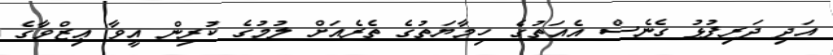
އަދި ދަރިފުޅު ގެނެސް އެއަތުގެ ހިމާޔަތުގެ ތެރެއަށް ލުމުގެ ކުރިން އީވާ ޢިޒްވާގެ